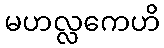
မဟလ္လကေဟိ